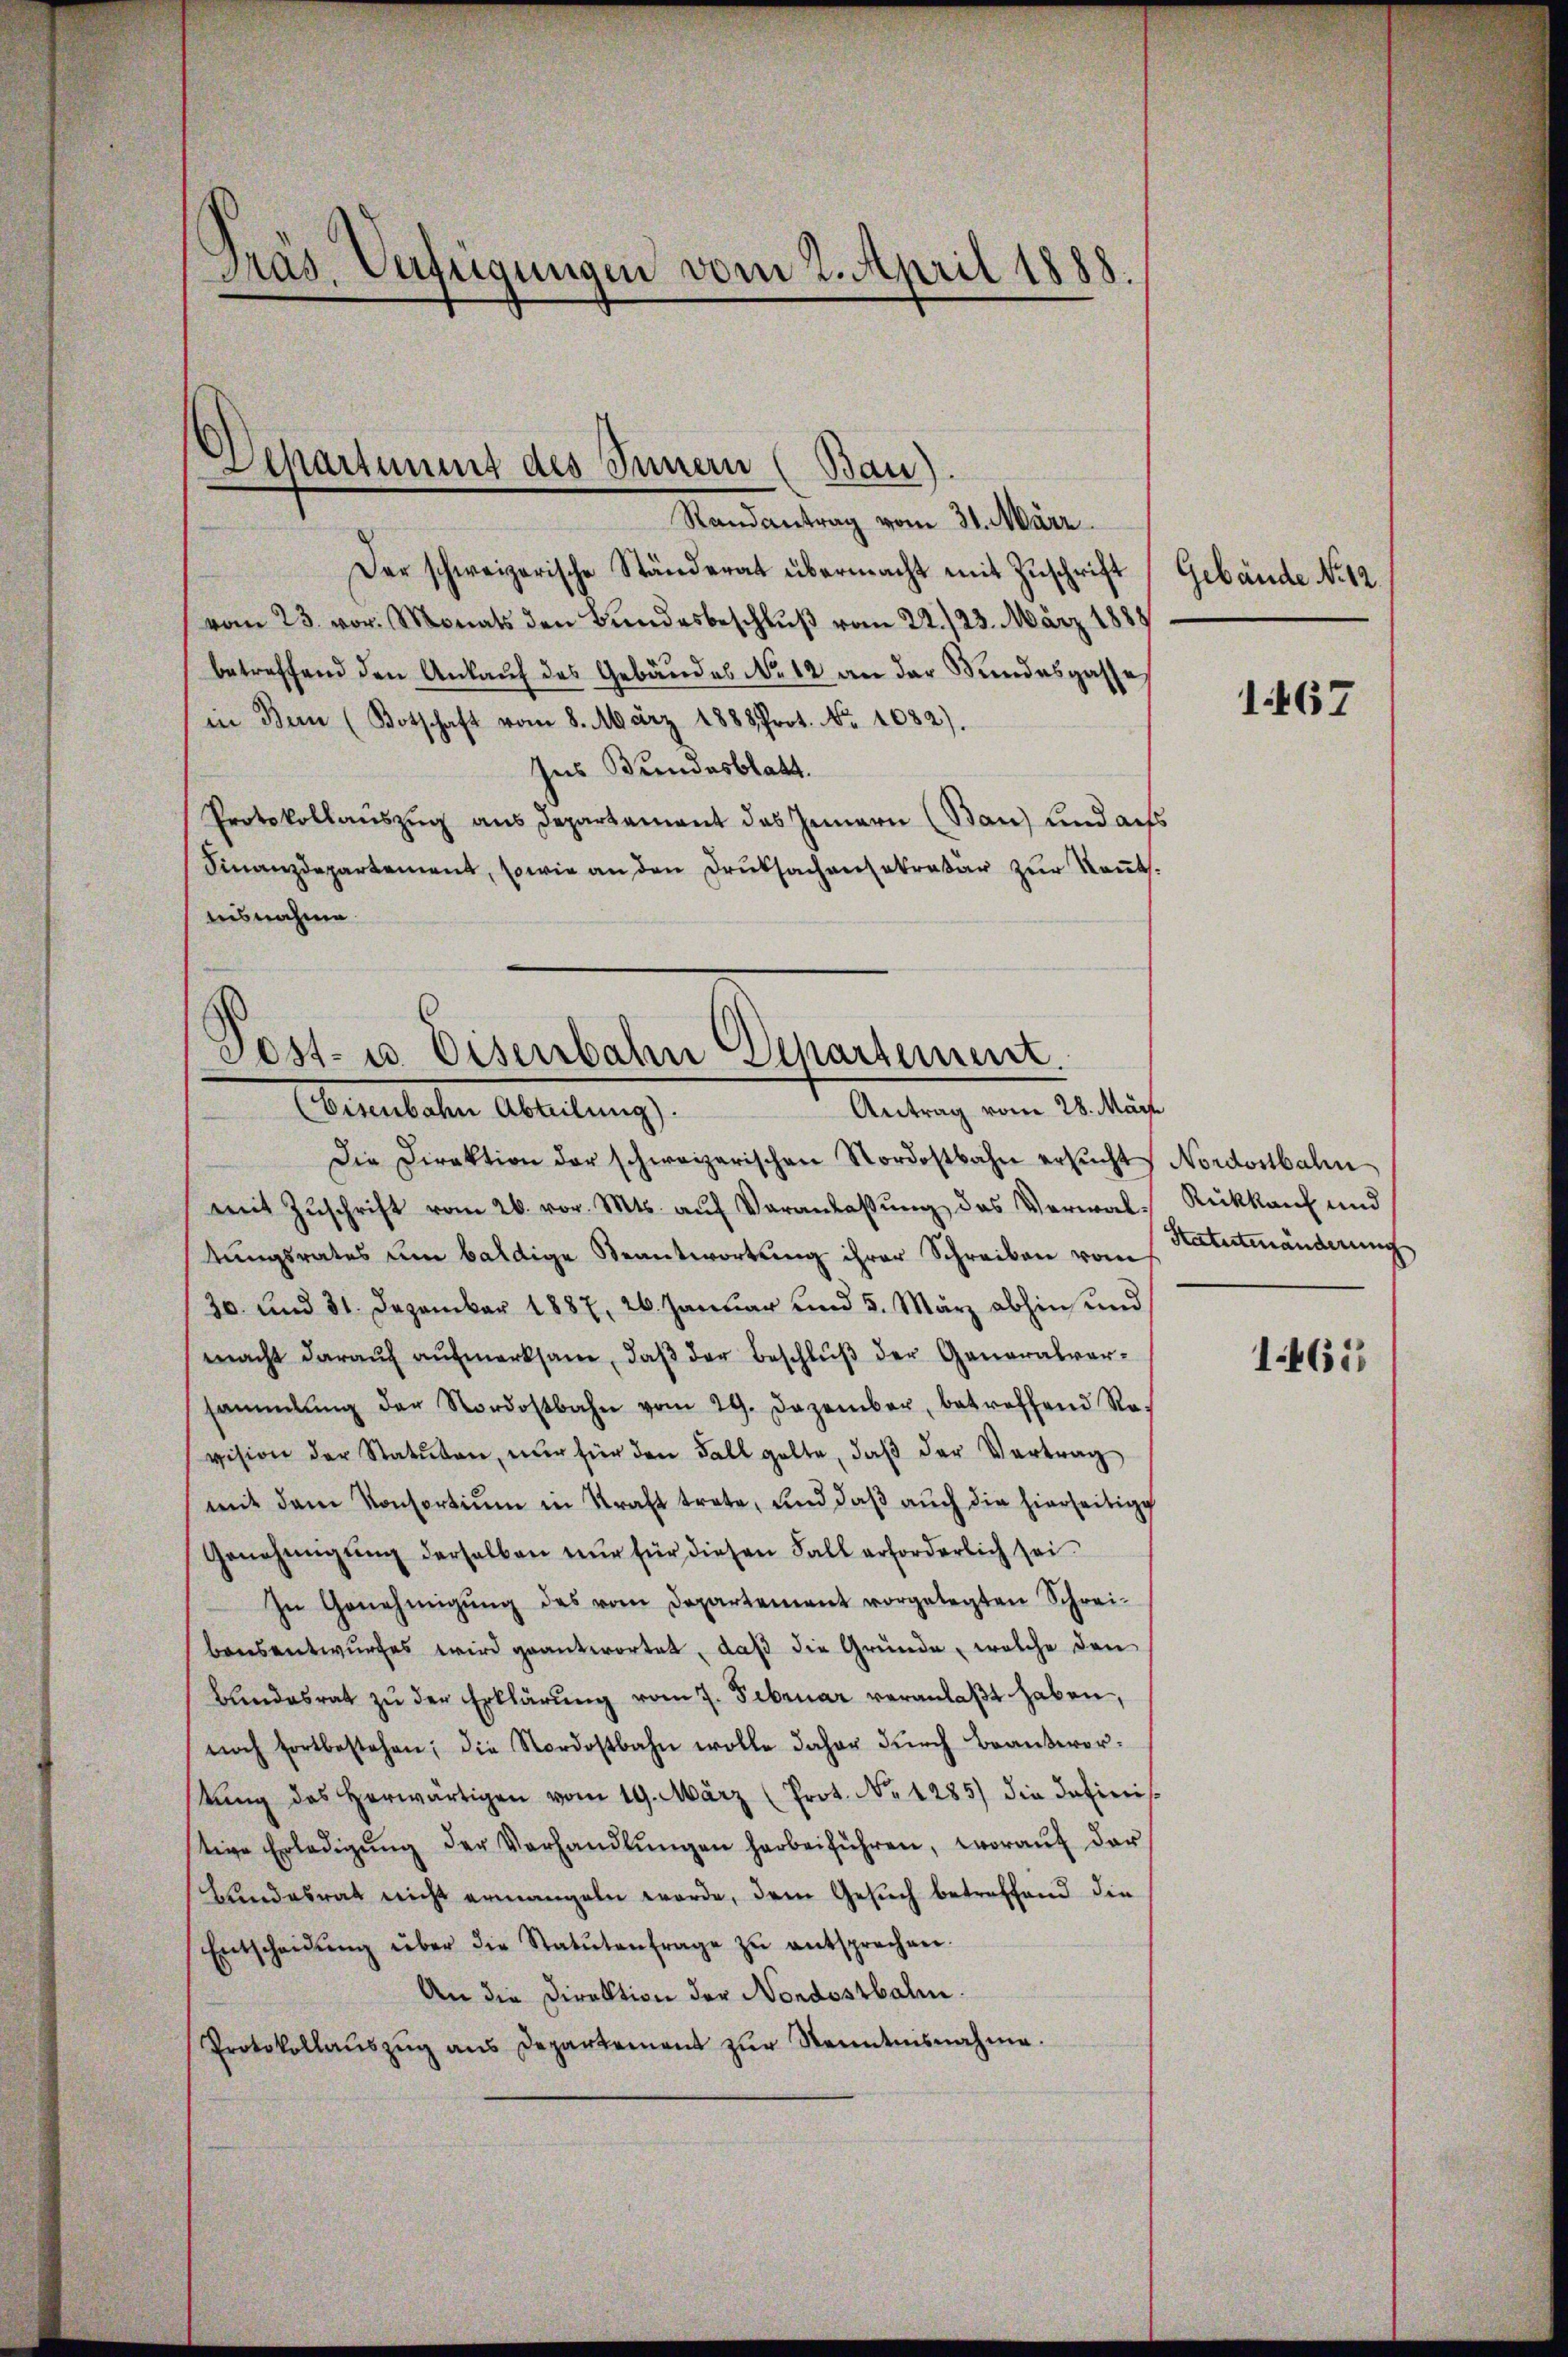
Präs. Verfügungen vom 2. April 1888.

Departement des Innern (Bau).
Randantrag vom 31. März

Der schweizerische Ständerat übermacht mit Zuschrift Gebäude No 12.
vom 23. vor. Monats den Bundesbeschluß vom 22./23. März 1888
betreffend den Ankauf des Gebäudes No 12 an der Kundesgasse
in Bern (Botschaft vom 8. März 1888 Prot. No. 1082).
Ins Bundesblatt.
Protokollaŭszŭg ans Departement das Jennern (Bau) und auss
Finanzdepartement, sowie an den Druksachensekretär zur Rents.
ausnahme.

Post- u. Eisenbahn Departement.
Antrag vom 28. März
(Eisenbahn Abteilung).

mit Zuschrift vom 26. vor. Mts. auf Veranlaßung des Verwal-Rückkauf und
tŭngsrates um baldige Beantwortung ihrer Schreiben vom 1. Statutenänderung
30. und 31. Dezember 1887, 26. Januar und 5. März abhin und
macht daraŭf aŭfmerksam, daβ der Beschlŭβ der Generalver-
sammlung der Nordostbahn vom 29. Dezember, betroffend Ro-
vision der Statuten, nur für den Fall gelte, daβ der Vertrag
mit dem Konsortium in Kraft trete, und daß auch die hierseitige
Genehmigŭng derselben nur für diesen Fall erforderlich sei
In Genehmigŭng des vom Departement vorgelegten Schrei-
bensentwurfes wird geantwortet, daß die Gründe, welche den
Bundesrat zŭ der Erklärŭng vom 7. Februar veranlaßt haben,
noch fortbestehen; die Nordostbahn wolle daher durch Beantwortŭng des herwärtigen vom 19. März (Prot. No 1285) die definis
tige Erledigŭng der Verhandlŭngen herbeiführen, woraŭf der
Bundesrat nicht ermangeln werde, dem Gesuch betreffend die
Entscheidŭng über die Statŭtenfrage zŭ entsprechen.
An die Direktion der Nordostbahn.
Protokollaŭszŭg ans Departement zŭr Kenntnisnahme.

Die Direktion der schweizerischen Nordostbahn ersŭcht Nordostbahn

1467

1465